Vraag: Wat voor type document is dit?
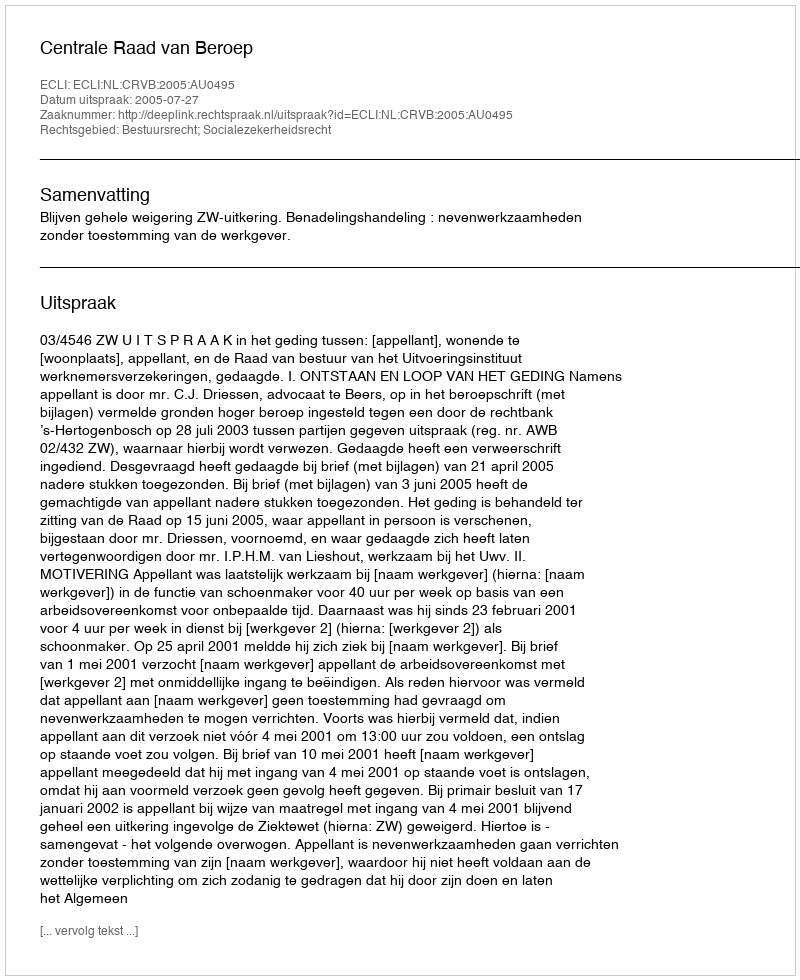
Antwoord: Uitspraak